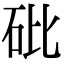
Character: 砒